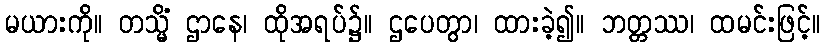
မယားကို။ တသ္မိံ ဌာနေ၊ ထိုအရပ်၌။ ဌပေတွာ၊ ထားခဲ့၍။ ဘတ္တဿ၊ ထမင်းဖြင့်။